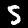
Digit: 5